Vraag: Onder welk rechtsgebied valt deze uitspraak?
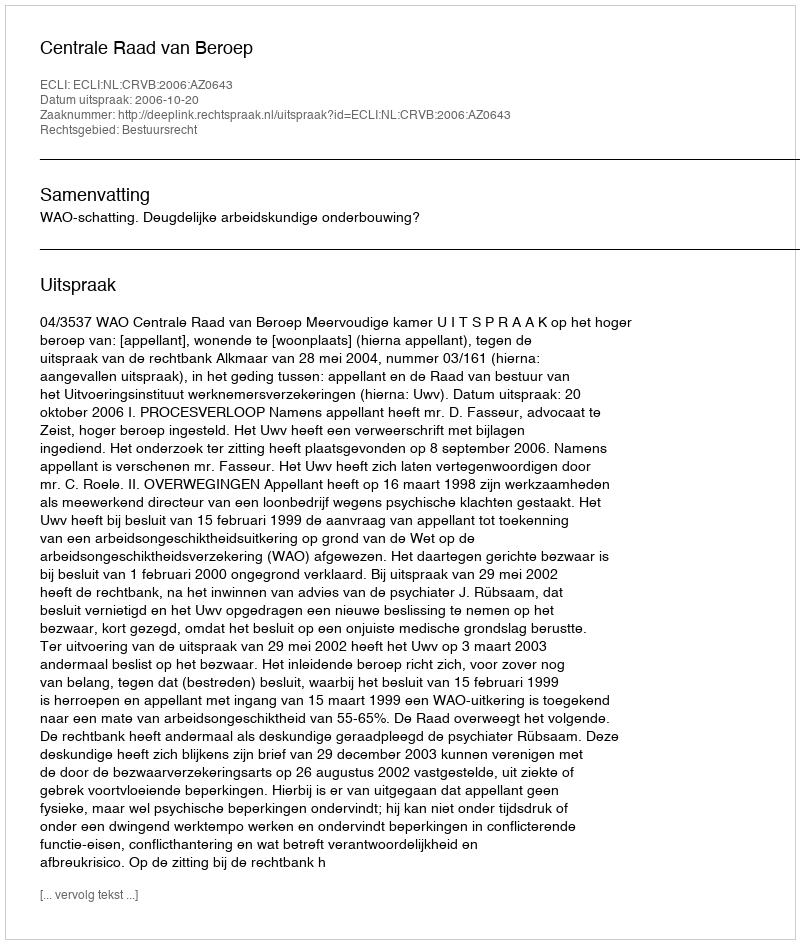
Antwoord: Bestuursrecht